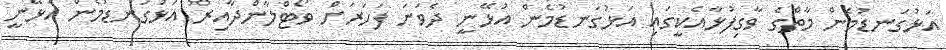
އަޅުގަނޑުމެން މާތްގެ ވާގިފުޅާއެކީގައި އަޅުގަނޑުމެން އުޅޭނީ ދެވަނަ ފަހަރަށް ވޯޓްލާންދާއިރު އަޅުގަނޑުމެން އުޅޭނީ